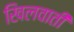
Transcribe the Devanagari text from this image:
खिलवाती